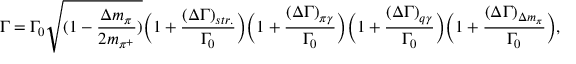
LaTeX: \Gamma = \Gamma _ { 0 } \sqrt { ( 1 - \frac { \Delta m _ { \pi } } { 2 m _ { \pi ^ { + } } } ) } \Big ( 1 + \frac { ( \Delta \Gamma ) _ { s t r . } } { \Gamma _ { 0 } } \Big ) \Big ( 1 + \frac { ( \Delta \Gamma ) _ { \pi \gamma } } { \Gamma _ { 0 } } \Big ) \Big ( 1 + \frac { ( \Delta \Gamma ) _ { q \gamma } } { \Gamma _ { 0 } } \Big ) \Big ( 1 + \frac { ( \Delta \Gamma ) _ { \Delta m _ { \pi } } } { \Gamma _ { 0 } } \Big ) ,